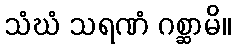
သံဃံ သရဏံ ဂစ္ဆာမိ။